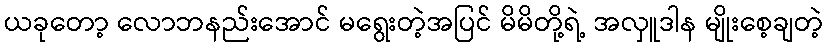
ယခုတော့ လောဘနည်းအောင် မရွေးတဲ့အပြင် မိမိတို့ရဲ့ အလှူဒါန မျိုးစေ့ချတဲ့